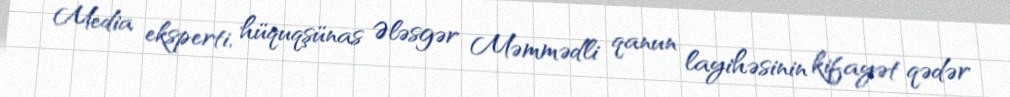
Media eksperti, hüquqşünas Ələsgər Məmmədli qanun layihəsinin kifayət qədər